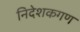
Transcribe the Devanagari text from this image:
निदेशकगण